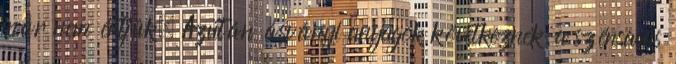
már nem értjük. Azután ásványi anyagok következnek: a szénsavas